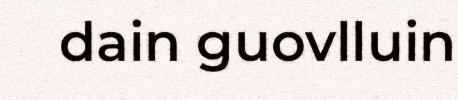
dain guovlluin